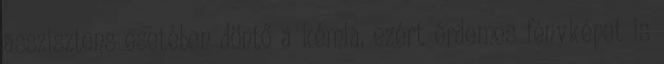
asszisztens esetében döntő a kémia, ezért érdemes fényképet is